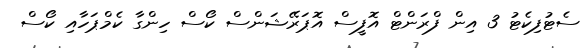
ސެޓުފިކެޓު 3 އިން ފްރަންޓް އޮފީސް އޮޕަރޭޝަންސް ކޯސް ހިންގާ ކެމްޕަހާއި ކޯސް